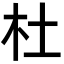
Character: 杜